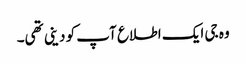
وہ جی ایک اطلاع آپ کو دینی تھی۔